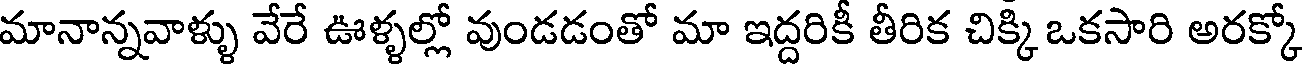
మానాన్నవాళ్ళు వేరే ఊళ్ళల్లో వుండడంతో మా ఇద్దరికీ తీరిక చిక్కి ఒకసారి అరక్కో